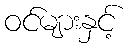
ဝင်များနှင့်